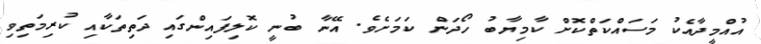
އުއްމީދާއެކު މަސައްކަތްކޮށް ކާމިޔާބު ހޯދަން ކަމަށެވެ. އޭނާ ބުނީ ކޮލިފައިންގައި ދަތިތަކާއި ކުރިމަތިވި